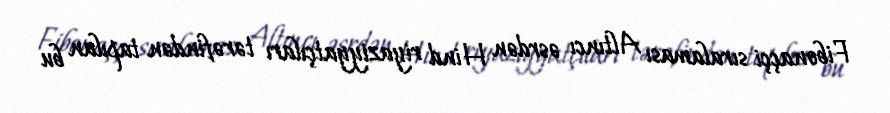
Fibonaççi sıralaması Altıncı əsrdən Hind riyaziyyatçıları tərəfindən tapılan bu